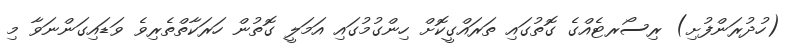
(ހުދުރަންފުށި) ރިސޯރޓެއްގެ ގޮތުގައި ތަރައްގީކޮށް ހިންގުމުގައި އަމަލީ ގޮތުން ހަރަކާތްތެރިވެ ވަޑައިގަންނަވާ މި